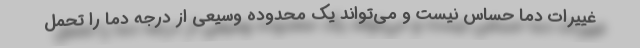
غییرات دما حساس نیست و می‌تواند یک محدوده وسیعی از درجه دما را تحمل